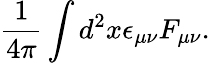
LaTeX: \frac{1}{4\pi}\int d^{2}x\epsilon_{\mu\nu}F_{\mu\nu}.